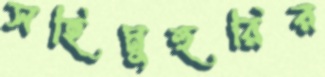
সহিমুহুরির